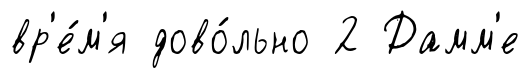
вр'е́м'я дово́льно 2 Дамм'е